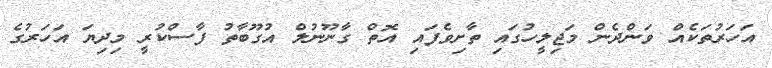
އަހަރުތަކެއް ވަންދެން މަޖިލީހުގައި ތާށިވެފައި އޮތް ގާނޫނުލް އުގޫބާތު ފާސްކުރީ މިދިޔަ އަހަރުގެ